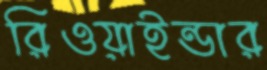
রিওয়াইন্ডার